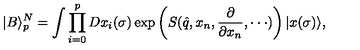
| B \rangle _ { p } ^ { N } = \int \prod _ { i = 0 } ^ { p } D x _ { i } ( \sigma ) \exp \left( S ( \hat { q } , x _ { n } , { \frac { \partial } { \partial x _ { n } } } , \cdot \cdot \cdot ) \right) | x ( \sigma ) \rangle ,